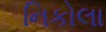
નિકોલા